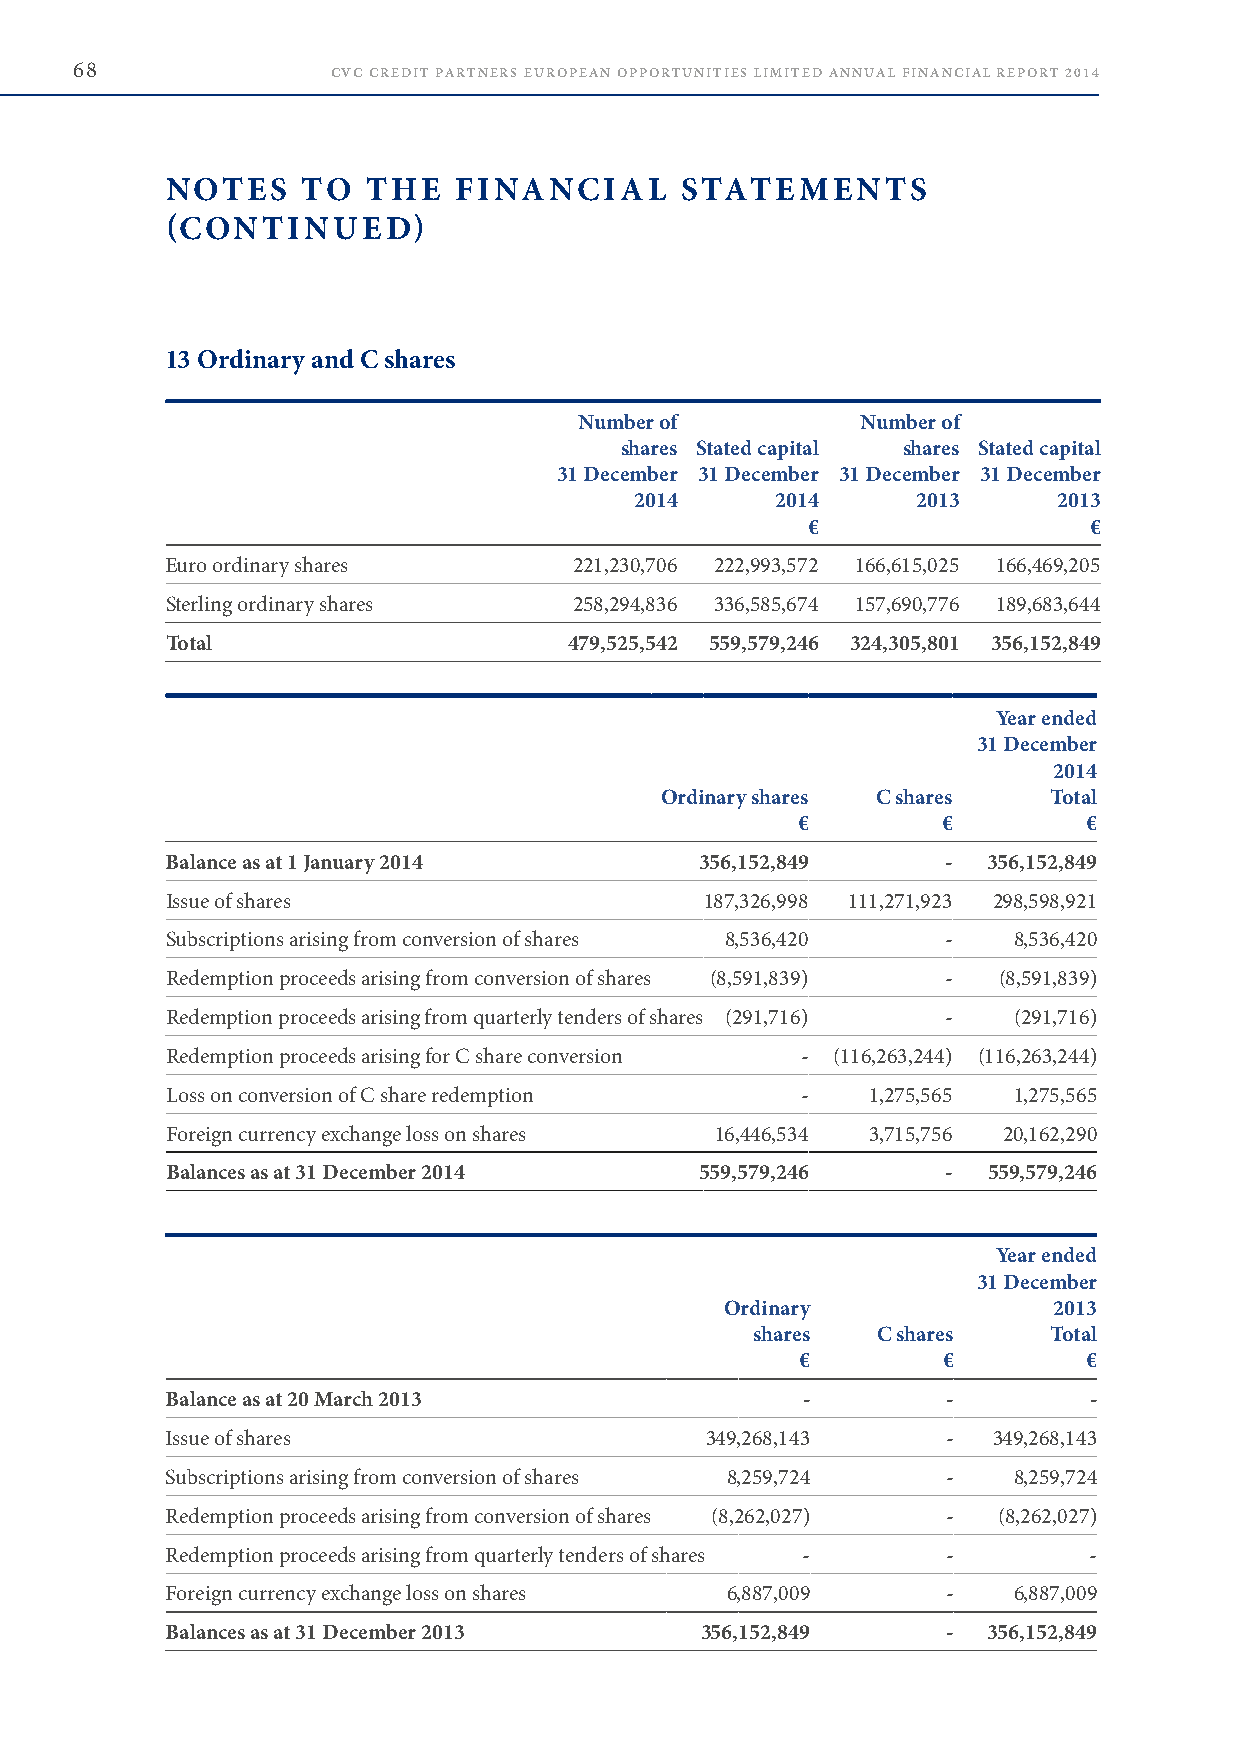
68               CVC CREDIT PARTNERS EUROPEAN OPPORTUNITIES LIMITED ANNUAL FINANCIAL REPORT 2014
 NOTES    TO  THE   FINANCIAL      STATEMENTS
 (CONTINUED)
 13 Ordinary and C shares
 Number of          Number of
 shares Stated capital shares Stated capital
 31 December 31 December 31 December 31 December
 2014     2014      2013     2013
 €                  €
 Euro ordinary shares       221,230,706 222,993,572 166,615,025 166,469,205
 Sterling ordinary shares   258,294,836 336,585,674 157,690,776 189,683,644
 Total                      479,525,542 559,579,246 324,305,801 356,152,849
 Year ended
 31 December
 2014
 Ordinary shares C shares Total
 €        €         €
 Balance as at 1 January 2014       356,152,849      - 356,152,849
 Issue of shares                     187,326,998 111,271,923 298,598,921
 Subscriptions arising from conversion of shares 8,536,420 - 8,536,420
 Redemption proceeds arising from conversion of shares (8,591,839) - (8,591,839)
 Redemption proceeds arising from quarterly tenders of shares (291,716) - (291,716)
 Redemption proceeds arising for C share conversion - (116,263,244) (116,263,244)
 Loss on conversion of C share redemption  -    1,275,565 1,275,565
 Foreign currency exchange loss on shares 16,446,534 3,715,756 20,162,290
 Balances as at 31 December 2014    559,579,246      - 559,579,246
 Year ended
 31 December
 Ordinary              2013
 shares  C shares   Total
 €        €         €
 Balance as at 20 March 2013               -         -        -
 Issue of shares                     349,268,143     -  349,268,143
 Subscriptions arising from conversion of shares 8,259,724 - 8,259,724
 Redemption proceeds arising from conversion of shares (8,262,027) - (8,262,027)
 Redemption proceeds arising from quarterly tenders of shares - - -
 Foreign currency exchange loss on shares 6,887,009  -   6,887,009
 Balances as at 31 December 2013    356,152,849      - 356,152,849